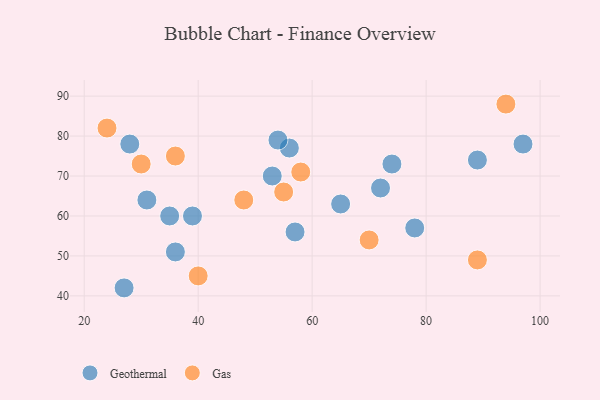
{"axis": {"x": "GDP", "y": "Life Expectancy"}, "legend": ["Gas", "Geothermal"], "data": [{"x": "56", "y": 77, "type": "Geothermal"}, {"x": "39", "y": 60, "type": "Geothermal"}, {"x": "35", "y": 60, "type": "Geothermal"}, {"x": "28", "y": 78, "type": "Geothermal"}, {"x": "31", "y": 64, "type": "Geothermal"}, {"x": "74", "y": 73, "type": "Geothermal"}, {"x": "65", "y": 63, "type": "Geothermal"}, {"x": "27", "y": 42, "type": "Geothermal"}, {"x": "97", "y": 78, "type": "Geothermal"}, {"x": "36", "y": 51, "type": "Geothermal"}, {"x": "54", "y": 79, "type": "Geothermal"}, {"x": "53", "y": 70, "type": "Geothermal"}, {"x": "72", "y": 67, "type": "Geothermal"}, {"x": "57", "y": 56, "type": "Geothermal"}, {"x": "89", "y": 74, "type": "Geothermal"}, {"x": "78", "y": 57, "type": "Geothermal"}, {"x": "89", "y": 49, "type": "Gas"}, {"x": "55", "y": 66, "type": "Gas"}, {"x": "48", "y": 64, "type": "Gas"}, {"x": "70", "y": 54, "type": "Gas"}, {"x": "24", "y": 82, "type": "Gas"}, {"x": "40", "y": 45, "type": "Gas"}, {"x": "94", "y": 88, "type": "Gas"}, {"x": "58", "y": 71, "type": "Gas"}, {"x": "30", "y": 73, "type": "Gas"}, {"x": "36", "y": 75, "type": "Gas"}]}